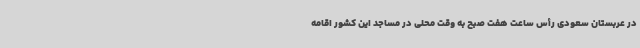
در عربستان سعودی رأس ساعت هفت صبح به وقت محلی در مساجد این کشور اقامه